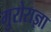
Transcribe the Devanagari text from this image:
गुरोराज्ञा